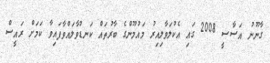
ގާނޫނު އަސާސީ 2008 ގައި އެކުލަވާލިއިރު މައުމޫންގެ ބާރުތައް ކަނޑުވާލައްވާފައިވާ ކަމަށް ރައީސް